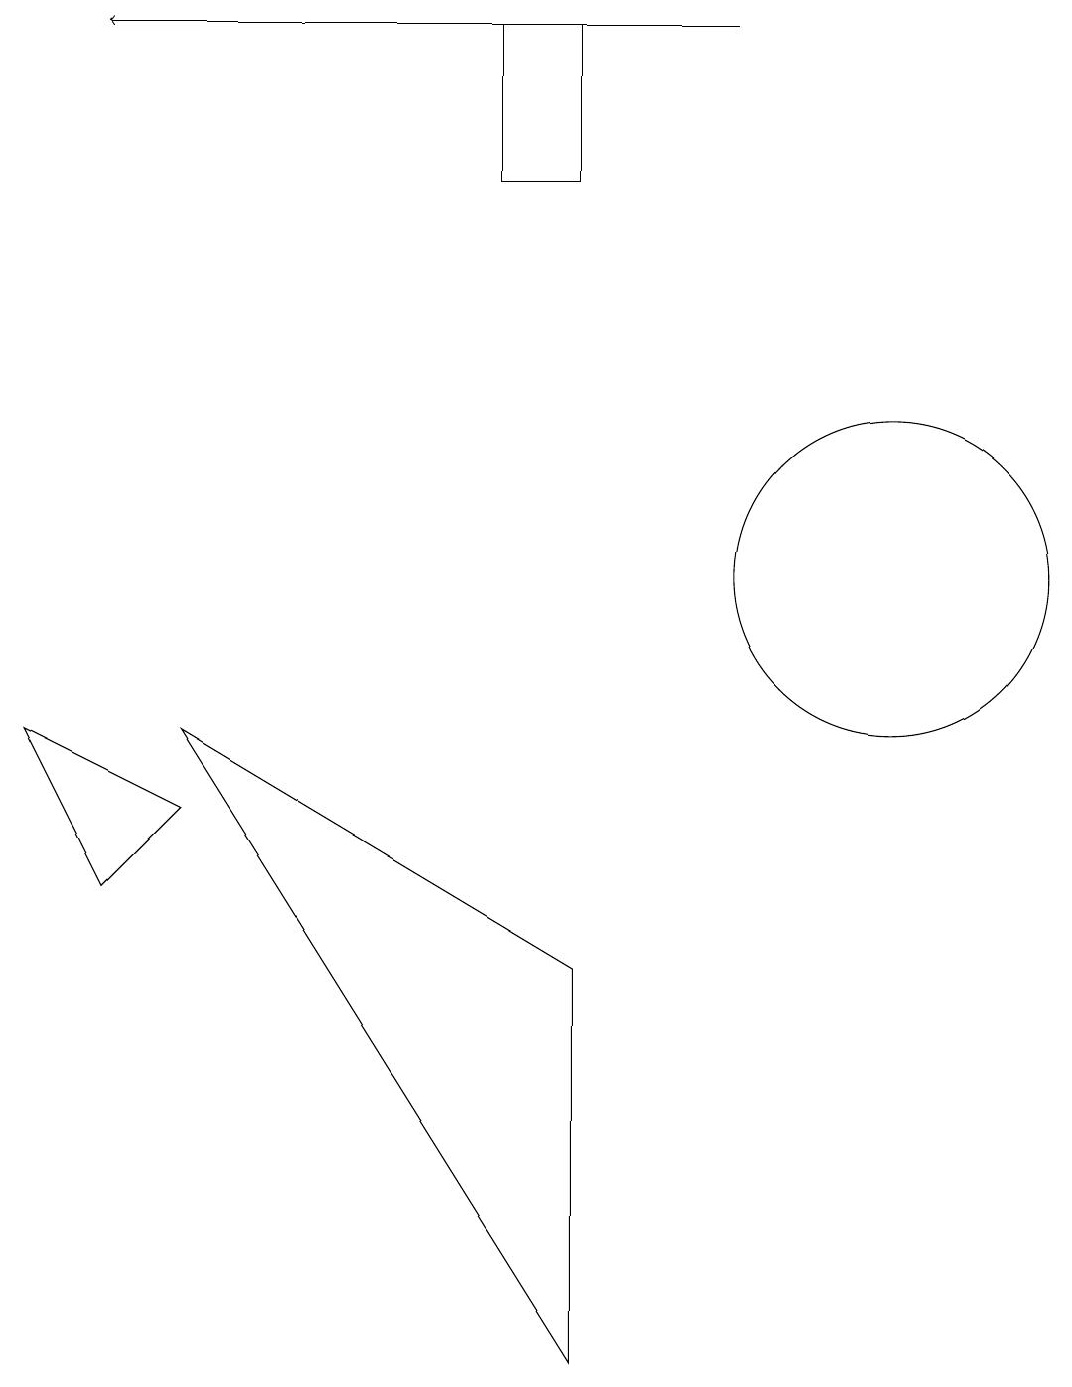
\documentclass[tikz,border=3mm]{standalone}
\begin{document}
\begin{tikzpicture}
\draw[->] (9,18) -- (1,18);
\draw (11,11) circle (2);
\draw (7,6) -- (7,1) -- (2,9) -- cycle;
\draw (7,18) rectangle (6,16);
\draw (0,9) -- (1,7) -- (2,8) -- cycle;
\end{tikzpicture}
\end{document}